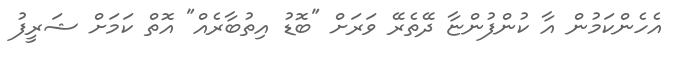
އެހެންކަމުން އާ ކުންފުންޏާ ދޭތެރޭ ވަރަށް "ބޮޑު އިތުބާރެއް" އޮތް ކަމަށް ޝަރީފު